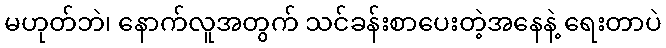
မဟုတ်ဘဲ၊ နောက်လူအတွက် သင်ခန်းစာပေးတဲ့အနေနဲ့ ရေးတာပဲ